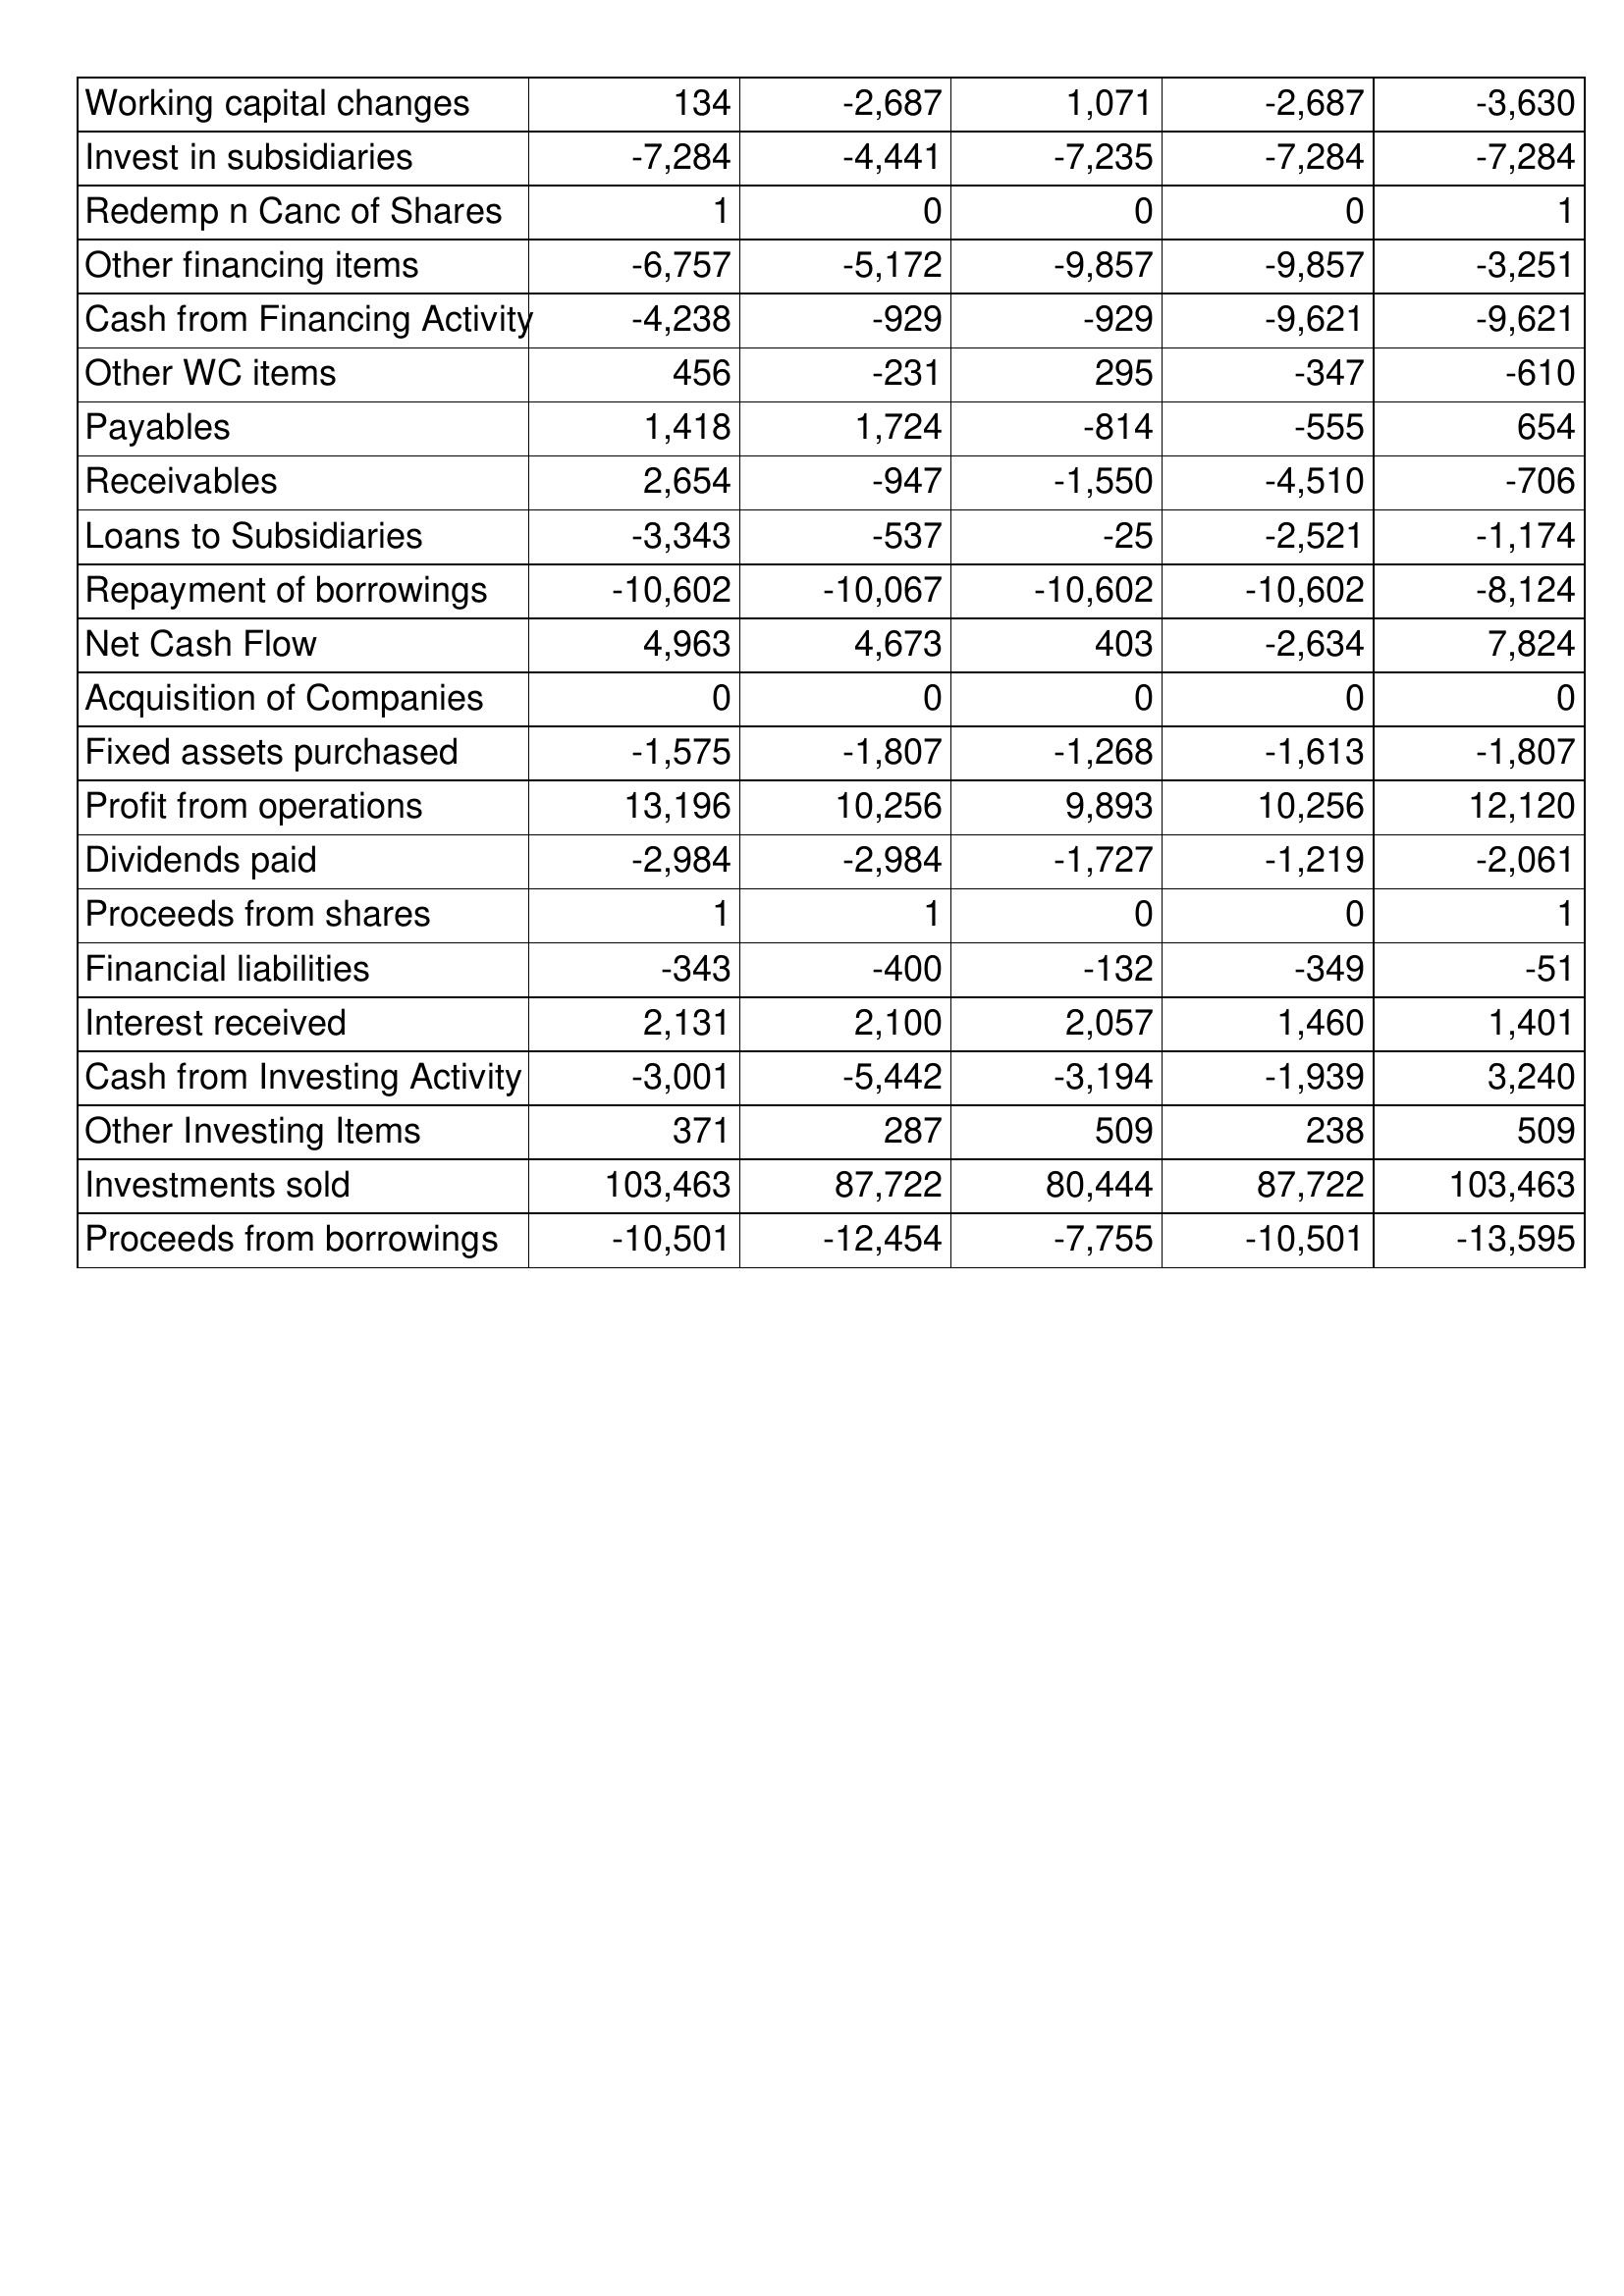
Apr-21: Cash Flows: Working capital changes: 134
Invest in subsidiaries: -7,284
Redemp n Canc of Shares: 1
Other financing items: -6,757
Cash from Financing Activity: -4,238
Other WC items: 456
Payables: 1,418
Receivables: 2,654
Loans to Subsidiaries: -3,343
Repayment of borrowings: -10,602
Net Cash Flow: 4,963
Acquisition of Companies: 0
Fixed assets purchased: -1,575
Profit from operations: 13,196
Dividends paid: -2,984
Proceeds from shares: 1
Financial liabilities: -343
Interest received: 2,131
Cash from Investing Activity: -3,001
Other Investing Items: 371
Investments sold: 103,463
Proceeds from borrowings: -10,501
Apr-20: Cash Flows: Working capital changes: -2,687
Invest in subsidiaries: -4,441
Redemp n Canc of Shares: 0
Other financing items: -5,172
Cash from Financing Activity: -929
Other WC items: -231
Payables: 1,724
Receivables: -947
Loans to Subsidiaries: -537
Repayment of borrowings: -10,067
Net Cash Flow: 4,673
Acquisition of Companies: 0
Fixed assets purchased: -1,807
Profit from operations: 10,256
Dividends paid: -2,984
Proceeds from shares: 1
Financial liabilities: -400
Interest received: 2,100
Cash from Investing Activity: -5,442
Other Investing Items: 287
Investments sold: 87,722
Proceeds from borrowings: -12,454
Apr-19: Cash Flows: Working capital changes: 1,071
Invest in subsidiaries: -7,235
Redemp n Canc of Shares: 0
Other financing items: -9,857
Cash from Financing Activity: -929
Other WC items: 295
Payables: -814
Receivables: -1,550
Loans to Subsidiaries: -25
Repayment of borrowings: -10,602
Net Cash Flow: 403
Acquisition of Companies: 0
Fixed assets purchased: -1,268
Profit from operations: 9,893
Dividends paid: -1,727
Proceeds from shares: 0
Financial liabilities: -132
Interest received: 2,057
Cash from Investing Activity: -3,194
Other Investing Items: 509
Investments sold: 80,444
Proceeds from borrowings: -7,755
Apr-18: Cash Flows: Working capital changes: -2,687
Invest in subsidiaries: -7,284
Redemp n Canc of Shares: 0
Other financing items: -9,857
Cash from Financing Activity: -9,621
Other WC items: -347
Payables: -555
Receivables: -4,510
Loans to Subsidiaries: -2,521
Repayment of borrowings: -10,602
Net Cash Flow: -2,634
Acquisition of Companies: 0
Fixed assets purchased: -1,613
Profit from operations: 10,256
Dividends paid: -1,219
Proceeds from shares: 0
Financial liabilities: -349
Interest received: 1,460
Cash from Investing Activity: -1,939
Other Investing Items: 238
Investments sold: 87,722
Proceeds from borrowings: -10,501
Apr-17: Cash Flows: Working capital changes: -3,630
Invest in subsidiaries: -7,284
Redemp n Canc of Shares: 1
Other financing items: -3,251
Cash from Financing Activity: -9,621
Other WC items: -610
Payables: 654
Receivables: -706
Loans to Subsidiaries: -1,174
Repayment of borrowings: -8,124
Net Cash Flow: 7,824
Acquisition of Companies: 0
Fixed assets purchased: -1,807
Profit from operations: 12,120
Dividends paid: -2,061
Proceeds from shares: 1
Financial liabilities: -51
Interest received: 1,401
Cash from Investing Activity: 3,240
Other Investing Items: 509
Investments sold: 103,463
Proceeds from borrowings: -13,595